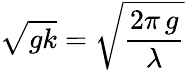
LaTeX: {\sqrt{gk}}={\sqrt{\frac{2\pi\, g}{\lambda}}}